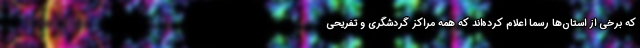
که برخی از استان‌ها رسماً اعلام کرده‌اند که همه مراکز گردشگری و تفریحی